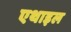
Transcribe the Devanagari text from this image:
एथाइल